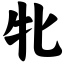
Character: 牝